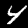
Digit: 4